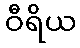
ဝီရိယ